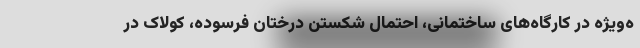
ه‌ویژه در کارگاه‌های ساختمانی، احتمال شکستن درختان فرسوده، کولاک در